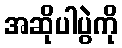
အဆိုပါပွဲကို